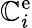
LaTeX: \mathbb{C}_{i}^{\mathrm{{{e}}}}